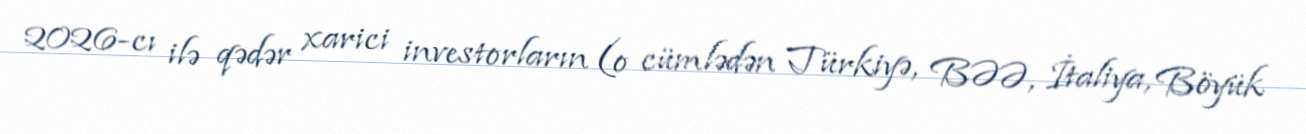
2026-cı ilə qədər xarici investorların (o cümlədən Türkiyə, BƏƏ, İtaliya, Böyük